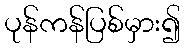
ပုန်ကန်ပြစ်မှား၍